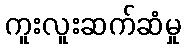
ကူးလူးဆက်ဆံမှု